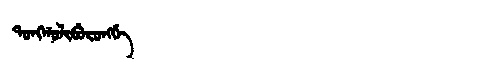
Manchu: ᡨᠣᠩᡤᠣᠯᡳᠪᡠᡵᠣᠩᡤᡝ
Romanization: TONGGOLIBURONGGE